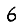
Digit: 6